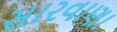
સારવાણા